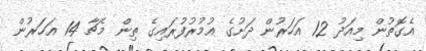
އެގޮތުން މިއަދު 12 އަހަރުން ދަށުގެ އުމުރުފުރައިގެ ތިން މެޗާ 14 އަހަރުން